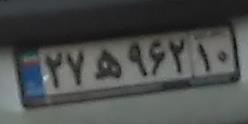
۲۷ه۹۶۲۱۰